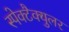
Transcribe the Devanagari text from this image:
स्पेक्टैक्युलर